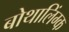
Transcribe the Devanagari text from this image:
बोथालिंग्क